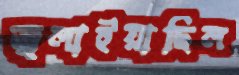
জ্বলাইয়াছিল